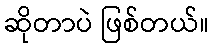
ဆိုတာပဲ ဖြစ်တယ်။